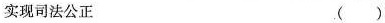
实现司法公正 ()